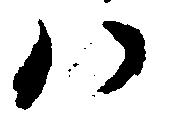
ハ